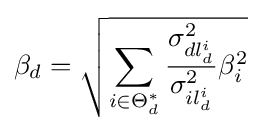
\beta _{d}={\sqrt {\sum _{i\in \Theta _{d}^{*}}{\frac {\sigma _{dl_{d}^{i}}^{2}}{\sigma _{il_{d}^{i}}^{2}}}\beta _{i}^{2}}}